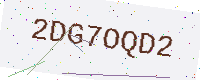
Text: 2DG7OQD2